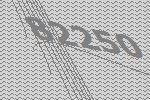
82250